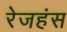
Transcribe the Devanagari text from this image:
रेजहंस